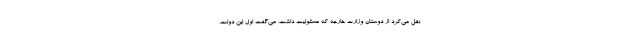
نقل می‌کرد از دوستان وزارت خارجه که مسئولیت داشت، می‌گفت اول این دولت،